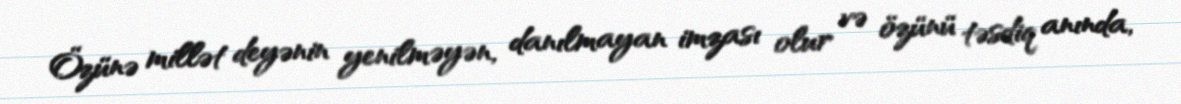
Özünə millət deyənin yenilməyən, danılmayan imzası olur və özünü təsdiq anında,